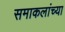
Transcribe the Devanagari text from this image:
समाकलांच्या